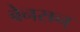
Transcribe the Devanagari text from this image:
बेनसन्